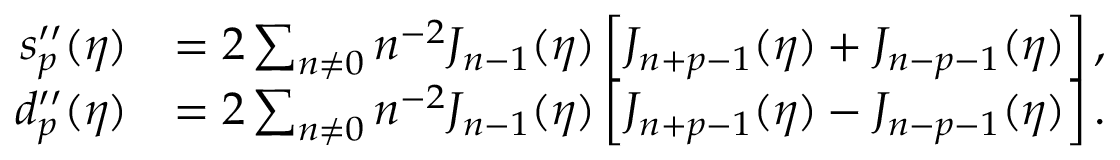
\begin{array} { r l } { s _ { p } ^ { \prime \prime } ( \eta ) } & { = 2 \sum _ { n \neq 0 } n ^ { - 2 } J _ { n - 1 } ( \eta ) \left[ J _ { n + p - 1 } ( \eta ) + J _ { n - p - 1 } ( \eta ) \right] , } \\ { d _ { p } ^ { \prime \prime } ( \eta ) } & { = 2 \sum _ { n \neq 0 } n ^ { - 2 } J _ { n - 1 } ( \eta ) \left[ J _ { n + p - 1 } ( \eta ) - J _ { n - p - 1 } ( \eta ) \right] . } \end{array}